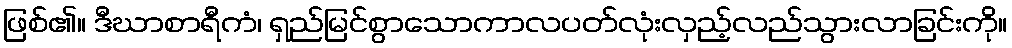
ဖြစ်၏။ ဒီဃာစာရီကံ၊ ရှည်မြင်စွာသောကာလပတ်လုံးလှည့်လည်သွားလာခြင်းကို။